Annual report of the Prince of Wales Medical College, Patna
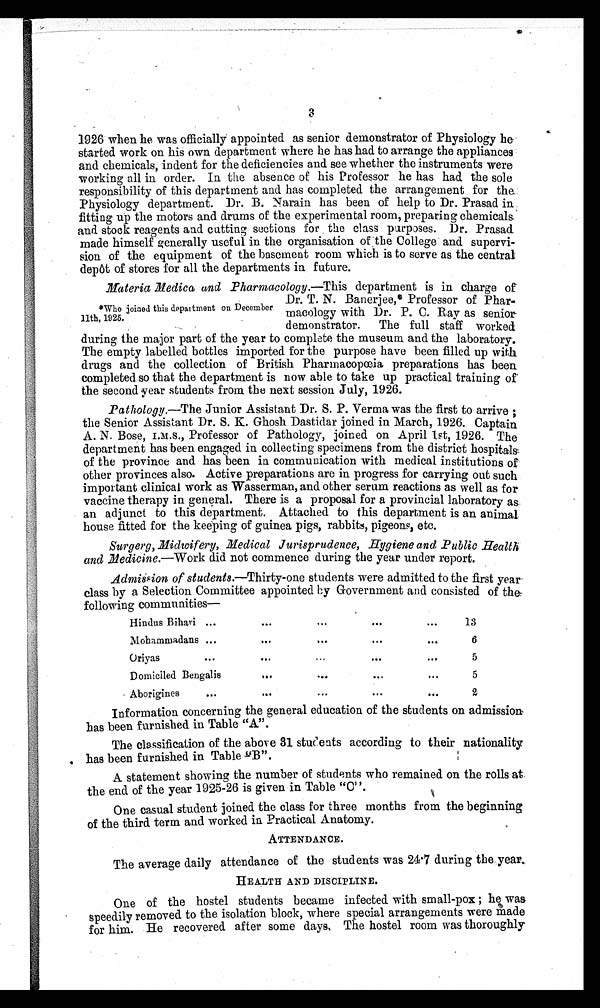
3
1926 when he was officially appointed as senior demonstrator of Physiology he
started work on his own department where he has had to arrange the appliances
and chemicals, indent for the deficiencies and see whether the instruments were
working all in order. In the absence of his Professor he has had the sole
responsibility of this department and has completed the arrangement for the.
Physiology department. Dr. B. Narain has been of help to Dr. Prasad
fitting up the motors and. drums of the experimental room, preparing chemicals,
and. stock reagents and cutting sections for the class purposes. Dr. Prasad
made himself generally useful in the organisation of the College and supervi-
sion of the equipment of the basement room which is to serve as the central
depôt of stores for all the departments in future.
Materia .Medica and Fharmacology. —This department is in charge of
Dr. T. N. Banerjee,* Professor of Phar
macology with Dr. P. C. Ray as senior
.
demonstrator. The full staff worked
during the major part of the year to complete the museum and the laboratory.
The empty labelled bottles imported for the purpose have been filled up with
drugs and the collection of British Pharmacopœia preparations has been
completed so that the department is now able to take up practical training of
the second year students from the next session July, 1926.
*Who joined this department on December
11th, 1925.
Pathology. —The Junior Assistant Dr. S. P. Verma was the first to arrive;
the Senior Assistant Dr. S. K. Gosh Dastidar joined in March, 1926. Captain
A. N. Bose, I.M.S., Professor of Pathology, joined on April 1st, 1926. The
department has been engaged in collecting specimens from the district hospitals
of the province and has been in communication with medical institutions of
other provinces also. Active preparations are in progress for carrying out such
important clinical work as Wasserman, and other serum reactions as well as for
vaccine therapy in general. There is a proposal for a provincial laboratory as
an adjunct to this department. Attached to this department is an animal
house fitted for the keeping of guinea pigs, rabbits, pigeons, etc.
Surgerg, Midwifery, Medical Jurisprudence, Hygiene and Public Health
and Medicine. —Work did not commence during the year under report.
Admission of students. —Thirty-one students were admitted to the first year-
class by a Selection Committee appointed by Government and consisted of the-
following communities—
Hindus Bihari
13
Mobammadans
6
Oriyas
5
Domiciled Bengalis
5
Aborigines
2
Information concerning the general education of the students on admission
has been furnished in Table "A".
The classification of the above 31 students according to their nationality
has been furnished in Table "B".
A. statement showing the number of students who remained on the rolls at.
the end of the year 1925-26 is given in Table "C".
One casual student joined the class for three months from the beginning
of the third term and worked in Practical Anatomy.
ATTENDANCE.
The average daily attendance of the students was 24·7 during the year.
HEALTH AND DISCIPLINE.
One of the hostel students became infected with small-pox; he was
speedily removed to the isolation block, where special arrangements were made
for him. He recovered after some days, The hostel room was thoroughly